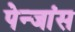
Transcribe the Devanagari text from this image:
पेन्जांस